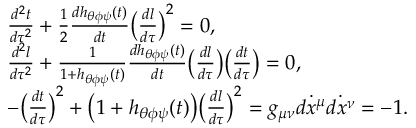
\begin{array} { l } { \frac { d ^ { 2 } t } { d \tau ^ { 2 } } + \frac { 1 } { 2 } \frac { d h _ { \theta \phi \psi } ( t ) } { d t } \bigl ( \frac { d l } { d \tau } \bigr ) ^ { 2 } = 0 , \ } \\ { \frac { d ^ { 2 } l } { d \tau ^ { 2 } } + \frac { 1 } { 1 + h _ { \theta \phi \psi } ( t ) } \frac { d h _ { \theta \phi \psi } ( t ) } { d t } \bigl ( \frac { d l } { d \tau } \bigr ) \bigl ( \frac { d t } { d \tau } \bigr ) = 0 , \ } \\ { - \bigl ( \frac { d t } { d \tau } \bigr ) ^ { 2 } + \bigl ( 1 + h _ { \theta \phi \psi } ( t ) \bigr ) \bigl ( \frac { d l } { d \tau } \bigr ) ^ { 2 } = g _ { \mu \nu } \dot { d x ^ { \mu } } \dot { d x ^ { \nu } } = - 1 . \ } \end{array}